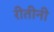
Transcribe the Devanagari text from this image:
रीतीनी